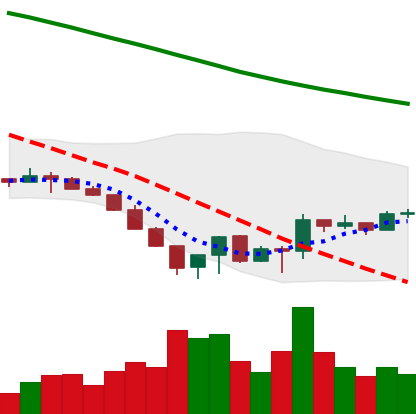
Ticker: LTC-USD
Chart end date: 2022-06-24
Forward return: -4.589%
Label: down_3_5